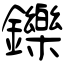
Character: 鑠